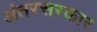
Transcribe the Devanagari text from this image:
अंतरसरकार